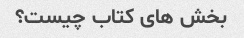
بخش های کتاب چیست؟